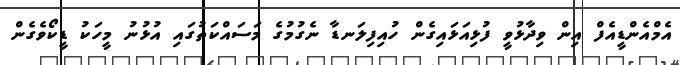
އެމްއެންޑީއެފް އިން ވިދާޅުވީ ފުޅިއަޅައިގެން ހުއިފިލަނޑާ ނެގުމުގެ މަސައްކަތުގައި އުޅުނު މީހަކު ޑީކޯވެެގެން